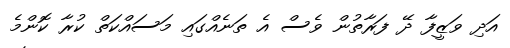
އަދި ވަޒީފާ ދޭ ފަރާތުން ވެސް އެ ތަނެއްގައި މަސައްކަތް ކުރާ ކޮންމެ